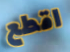
اقطع